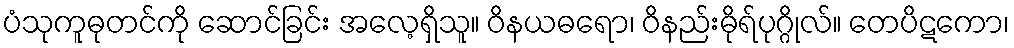
ပံသုကူဓုတင်ကို ဆောင်ခြင်း အလေ့ရှိသူ။ ဝိနယဓရော၊ ဝိနည်းဓိုရ်ပုဂ္ဂိုလ်။ တေပိဋကော၊